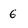
Character: 6